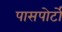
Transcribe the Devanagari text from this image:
पासपोर्टों